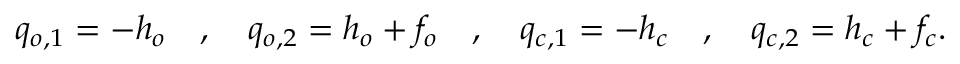
q _ { o , 1 } = - h _ { o } \quad , \quad q _ { o , 2 } = h _ { o } + f _ { o } \quad , \quad q _ { c , 1 } = - h _ { c } \quad , \quad q _ { c , 2 } = h _ { c } + f _ { c } .